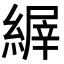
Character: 𦃘